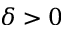
\delta > 0